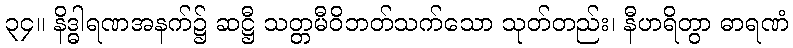
၃၄။ နိဒ္ဓါရဏအနက်၌ ဆဋ္ဌီ သတ္တမီဝိဘတ်သက်သော သုတ်တည်း၊ နီဟရိတွာ ဓာရဏံ